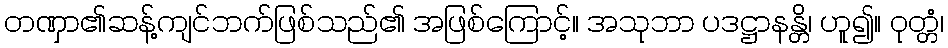
တဏှာ၏ဆန့်ကျင်ဘက်ဖြစ်သည်၏ အဖြစ်ကြောင့်။ အသုဘာ ပဒဋ္ဌာနန္တိ၊ ဟူ၍။ ဝုတ္တံ၊